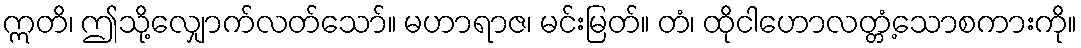
ဣတိ၊ ဤသို့လျှောက်လတ်သော်။ မဟာရာဇ၊ မင်းမြတ်။ တံ၊ ထိုငါဟောလတ္တံ့သောစကားကို။